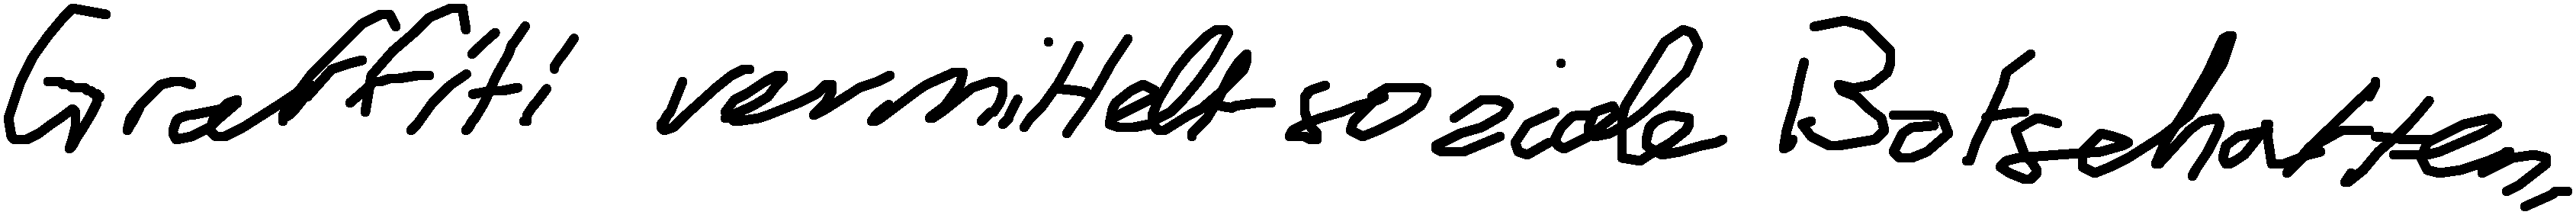
Graffiti vermittelt soziale Botschaften.